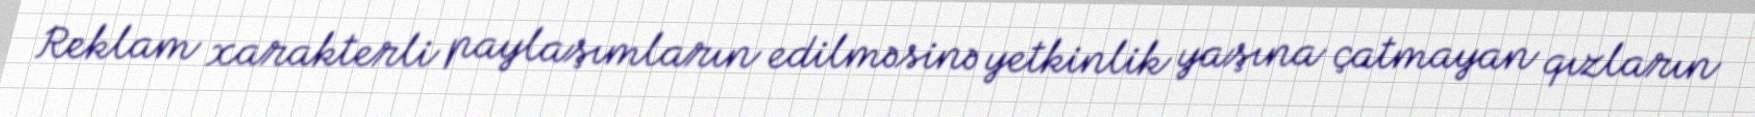
Reklam xarakterli paylaşımların edilməsinə yetkinlik yaşına çatmayan qızların